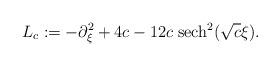
LaTeX: \begin{align*}L_c := -\partial^2_{\xi} + 4 c - 12 c \; {\rm sech}^2(\sqrt{c} \xi).\end{align*}